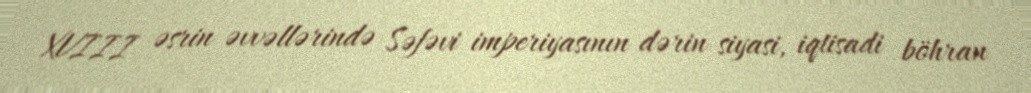
XVIII əsrin əvvəllərində Səfəvi imperiyasının dərin siyasi, iqtisadi böhran